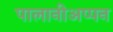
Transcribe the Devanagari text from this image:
पालानीअप्पन